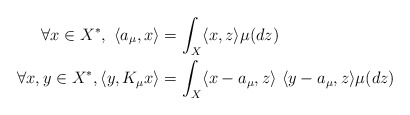
\begin{align*} \forall x \in X^*, \ \langle a_{\mu},x \rangle &= \int_X \langle x, z\rangle\mu(dz) \\ \forall x,y \in X^{*}, \langle y, K_{\mu}x\rangle &= \int_X \langle x - a_{\mu},z\rangle \ \langle y - a_{\mu},z\rangle\mu(dz)\end{align*}